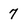
Character: 7